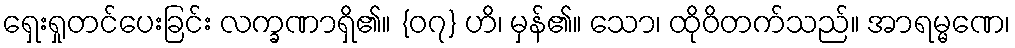
ရှေးရှုတင်ပေးခြင်း လက္ခဏာရှိ၏။ {၀၇} ဟိ၊ မှန်၏။ သော၊ ထိုဝိတက်သည်။ အာရမ္မဏေ၊